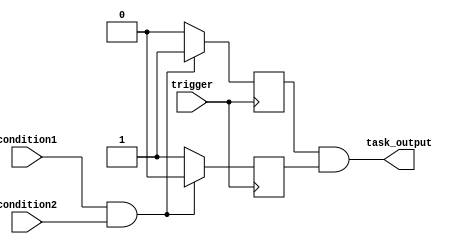
module generate_task (
  input wire trigger,
  input wire condition1,
  input wire condition2,
  output wire task_output
);

reg internal_signal1, internal_signal2;

always @ (posedge trigger) begin
  if (condition1 & condition2) begin
    internal_signal1 <= 1;
    internal_signal2 <= 0;
  end else begin
    internal_signal1 <= 0;
    internal_signal2 <= 1;
  end
end

assign task_output = internal_signal1 & internal_signal2;

endmodule